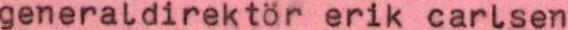
generaldirektör erik carlsen